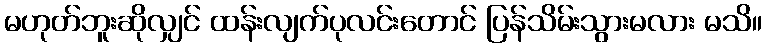
မဟုတ်ဘူးဆိုလျှင် ထန်းလျက်ပုလင်းတောင် ပြန်သိမ်းသွားမလား မသိ။